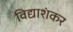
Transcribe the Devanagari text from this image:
विद्याशंकर